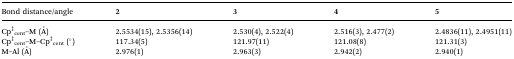
<table><thead><tr><td><b>Bond distance/angle</b></td><td><b>2</b></td><td><b>3</b></td><td><b>4</b></td><td><b>5</b></td></tr></thead><tbody><tr><td>Cp<sup>‡</sup><sub>cent</sub>–M (Å)</td><td>2.5534(15), 2.5356(14)</td><td>2.530(4), 2.522(4)</td><td>2.516(3), 2.477(2)</td><td>2.4836(11), 2.4951(11)</td></tr><tr><td>Cp<sup>‡</sup><sub>cent</sub>–M–Cp<sup>‡</sup><sub>cent</sub> (°)</td><td>117.34(5)</td><td>121.97(11)</td><td>121.08(8)</td><td>121.31(3)</td></tr><tr><td>M–Al (Å)</td><td>2.976(1)</td><td>2.963(3)</td><td>2.942(2)</td><td>2.940(1)</td></tr></tbody></table>